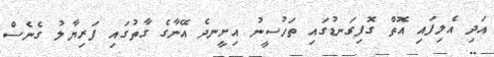
އަދި އެލިފައި އޮތް ގޮފިގަނޑުގައި ތަހުސީނު އިށީނދެ އޭނާގެ ގާތުގައި ފަރިޔާލު ގެނެސް